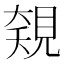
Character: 𧡅